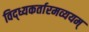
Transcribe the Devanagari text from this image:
विद्ध्यकर्तारमव्ययम्‌